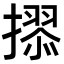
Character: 𭢢